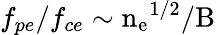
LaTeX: f_{pe}/f_{ce}\sim\mathrm{n_{e}}^{1/2}/\mathrm{B}